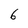
Character: 6